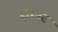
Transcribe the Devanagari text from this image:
हरिपद